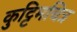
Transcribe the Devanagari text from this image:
कुट्टिमचित्र